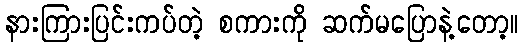
နားကြားပြင်းကပ်တဲ့ စကားကို ဆက်မပြောနဲ့တော့။